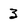
Character: 3